Sketch of the medical history of the native army of Bombay, for the year
Year: 1872
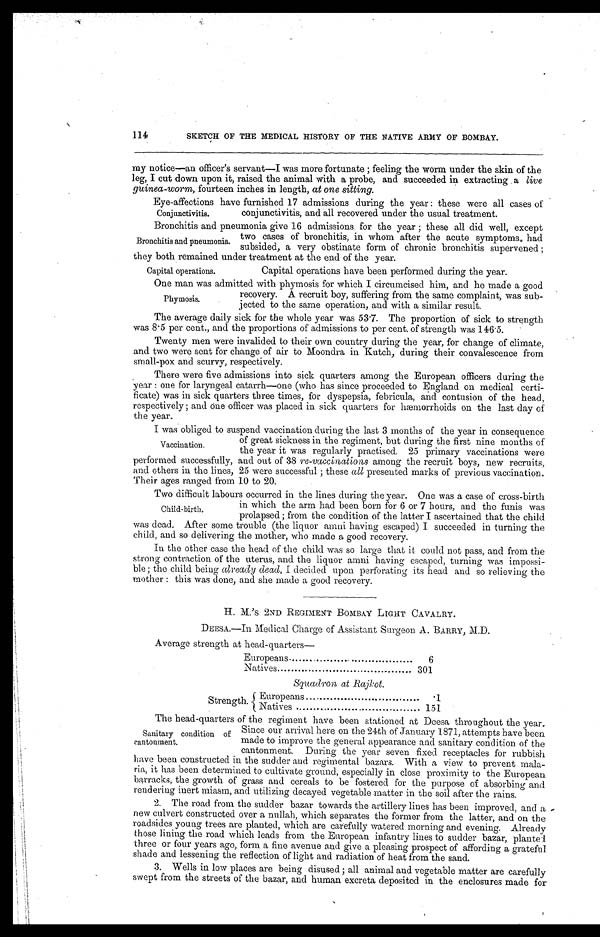
114
SKETCH OF THE MEDICAL HISTORY OF THE NATIVE ARMY OF BOMBAY.
my notice—an officer's servant—I was more fortunate ; feeling the worm under the skin of the
leg, I cut down upon it, raised the animal with a probe, and succeeded in extracting a live
guinea-worm, fourteen inches in length, at one sitting.
Eye-affections have furnished 17 admissions during the year : these were all cases of
Conjunctivitis.
conjunctivitis, and all recovered under the usual treatment.
Bronchitis and pneumonia give 16 admissions for the year ; these all did well, except
Bronchitis and pneumonia.
two cases of bronchitis, in whom after the acute symptoms had
subsided, a very obstinate form of chronic bronchitis supervened ;
they both remained under treatment at the end of the year.
Capital operations.
Capital operations have been performed during the year.
One man was admitted with phymosis for which I circumcised him, and he made a good
ecovery. A recruit boy, suffering from the same complaint, was sub-
jected to the same operation, and with a similar result.
The average daily sick for the whole year was 53.7. The proportion of sick to strength
was 8 . 5 per cent., and the proportions of admissions to per cent. of strength was 146 . 5.
Twenty men were invalided to their own country during the year, for change of climate,
and two were sent for change of air to Moondra in Kutch, during their convalescence from
small-pox and scurvy, respectively.
There were five admissions into sick quarters among the European officers during the
year : one for laryngeal catarrh—one (who has since proceeded to England on medical certi-
ficate) was in sick quarters three times, for dyspepsia, febricula, and contusion of the head,
respectively ; and one officer was placed in sick quarters for hæmorrhoids on the last day of
the year.
I was obliged to suspend vaccination during the last 3 months of the year in consequence
of great sickness in the regiment, but during the first nine months of
the year it was regularly practised. 25 primary vaccinations were
performed successfully, and out of 38 re-vaccinations among the recruit boys, new recruits,
and others in the lines, 25 were successful ; these all presented marks of previous vaccination.
Their ages ranged from 10 to 20.
Two difficult labours occurred in the lines during the year. One was a case of cross-birth
Phymosis.
Vaccination.
Child-birth.
in which the arm had been born for 6 or 7 hours, and the funis was
prolapsed ; from the condition of the latter I ascertained that the child
was dead. After some trouble (the liquor amni having escaped) I succeeded in turning the
child, and so delivering the mother, who made a good recovery.
In the other case the head of the child was so large that it could not pass, and from the
strong contraction of the uterus, and the liquor amni having escaped, turning was impossi-
ble ; the child being already dead, I decided upon perforating its head and so relieving the
mother : this was done, and she made a good recovery.
H. M. ' S 2ND REGIMENT BOMBAY LIGHT CAVALRY.
DEESA.—In Medical Charge of Assistant Surgeon A. BARRY, M.D.
Average strength at head-quarters
—
Europeans...................................
6
Natives.........................................
301
Squadron at Rajkot.
Strength.
Europeans
.................................
. 1
Natives ......................................
1 5 1
The head-quarters of the regiment have been stationed at Deesa throughout the year.
Since our arrival here on the 24th of January 1871, attempts have been
made to improve the general appearance and sanitary condition of the
cantonment. During the year seven fixed receptacles for rubbish
have been constructed in the sudder and regimental bazars. With a view to prevent mala-
ria, it has been determined to cultivate ground, especially in close proximity to the European
barracks, the growth of grass and cereals to be fostered for the purpose of absorbing and
rendering inert miasm, and utilizing decayed vegetable matter in the soil after the rains.
2. The road from the sudder bazar towards the artillery lines has been improved, and a
new culvert constructed over a nullah, which separates the former from the latter, and on the
roadsides young trees are planted, which are carefully watered morning and evening. Already
those lining the road which leads from the European infantry lines to sudder bazar, planted
three or four years ago, form a fine avenue and give a pleasing prospect of affording a grateful
shade and lessening the reflection of light and radiation of heat from the sand.
Sanitary condition of
cantonment.
3. Wells in low places are being disused ; all animal and vegetable matter are carefully
swept from the streets of the bazar, and human excreta deposited in the enclosures made for